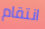
انتقام